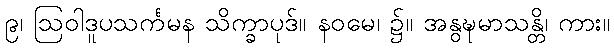
၉၊ ဩဝါဒူပသင်္ကမန သိက္ခာပုဒ်။ နဝမေ၊ ၌။ အနွဍ္ဎမာသန္တိ၊ ကား။